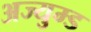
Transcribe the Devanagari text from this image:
अज्युम्ड